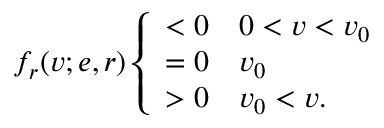
f _ { r } ( v ; e , r ) \left\{ \begin{array} { l l } { < 0 } & { 0 < v < v _ { 0 } } \\ { = 0 } & { v _ { 0 } } \\ { > 0 } & { v _ { 0 } < v . } \end{array} \right.